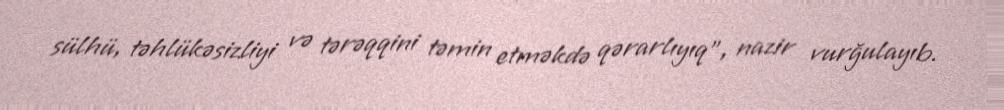
sülhü, təhlükəsizliyi və tərəqqini təmin etməkdə qərarlıyıq”, nazir vurğulayıb.